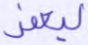
ليغفر